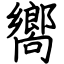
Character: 嚮